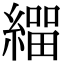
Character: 𦄛